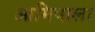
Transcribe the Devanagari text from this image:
आमिषाला